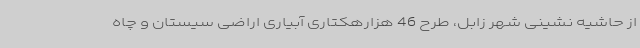
از حاشیه نشینی شهر زابل، طرح 46 هزارهکتاری آبیاری اراضی سیستان و چاه